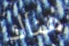
هناك